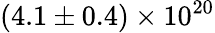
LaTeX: (4.1\pm 0.4)\times 10^{20}